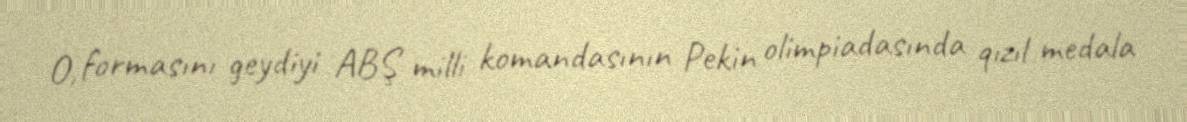
O, formasını geydiyi ABŞ milli komandasının Pekin olimpiadasında qızıl medala